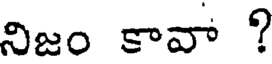
నిజం కావా ?